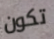
تكون